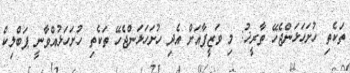
ތަކެތި ހުށަހަޅަންޖެހޭ ތާރީޚު: މި ވަޒީފާއަށް އެދި ހުށަހަޅަންޖެހޭ ތަކެތި ހުށަހަޅުއްވާނީ ޕަބްލިކް